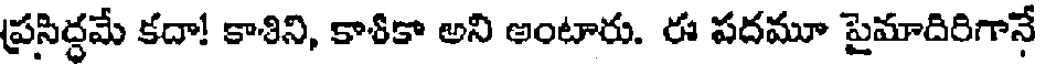
ప్రసిద్దమే కదా! కాశిని, కాశికా అని అంటారు. ఈ పదమూ పైమాదిరిగానే